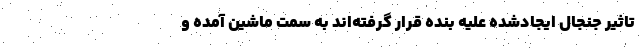
تاثیر جنجال ایجادشده علیه بنده قرار گرفته‌اند به سمت ماشین آمده و